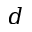
d